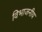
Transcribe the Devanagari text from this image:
विभाजनीय